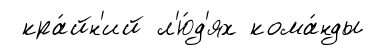
кра́йн'ий л'ю́д'ях кома́нды